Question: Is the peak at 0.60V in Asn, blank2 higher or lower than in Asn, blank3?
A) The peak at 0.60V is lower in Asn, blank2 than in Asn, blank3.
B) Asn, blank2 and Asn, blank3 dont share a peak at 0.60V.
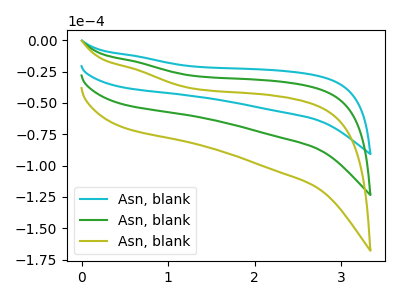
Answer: <think>The cyan curve "Asn, blank1" has no peaks. The green curve "Asn, blank2" has no peaks. The olive curve "Asn, blank3" has no peaks.</think>
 <answer>B) "Asn, blank2" and "Asn, blank3" dont share a peak at 0.60V.</answer>
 <eval>B</eval>